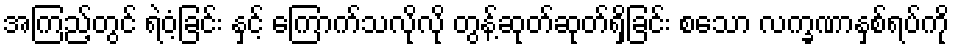
အကြည့်တွင် ရဲဝံ့ခြင်း နှင့် ကြောက်သလိုလို တွန့်ဆုတ်ဆုတ်ရှိခြင်း စသော လက္ခဏာနှစ်ရပ်ကို